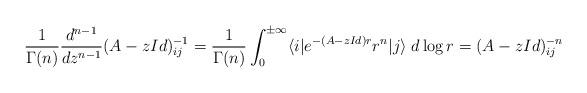
LaTeX: \begin{align*}\frac{1}{\Gamma(n)}\frac{d^{n-1}}{dz^{n-1}}(A-zId)_{ij}^{-1}=\frac{1}{\Gamma(n)}\int_0^{\pm\infty} \langle i|e^{-(A-zId)r}r^{n}|j\rangle\;d\log r=(A-zId)_{ij}^{-n}\end{align*}